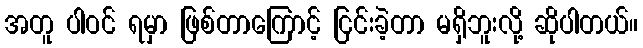
အတူ ပါဝင် ရမှာ ဖြစ်တာကြောင့် ငြင်းခဲ့တာ မရှိဘူးလို့ ဆိုပါတယ်။